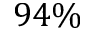
9 4 \%